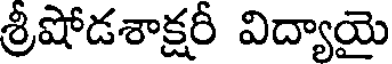
శ్రీషోడశాక్షరీ విద్యాయై